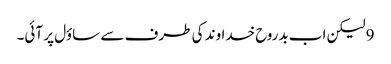
9 لیکن اب بدروح خداوند کی طرف سے ساؤل پر آئی۔